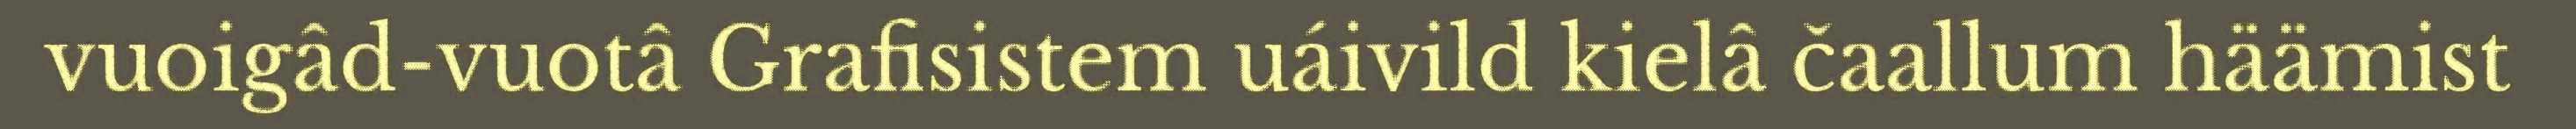
vuoigâd-vuotâ Grafisistem uáivild kielâ čaallum häämist